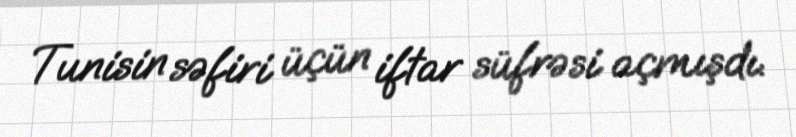
Tunisin səfiri üçün iftar süfrəsi açmışdı.